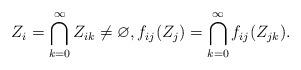
LaTeX: \begin{align*}Z_i= \bigcap_{k = 0}^{\infty} Z_{ik} \neq \varnothing, f_{ij}(Z_j) = \bigcap_{k=0}^{\infty} f_{ij} (Z_{jk}). \end{align*}